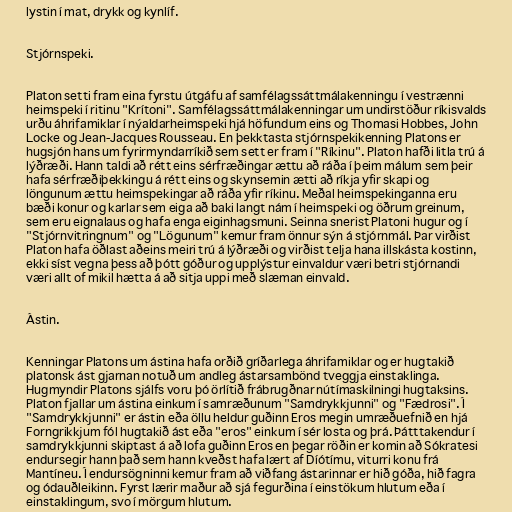
lystin í mat, drykk og kynlíf.

Stjórnspeki.

Platon setti fram eina fyrstu útgáfu af samfélagssáttmálakenningu í vestrænni
heimspeki í ritinu "Krítoni". Samfélagssáttmálakenningar um undirstöður ríkisvalds
urðu áhrifamiklar í nýaldarheimspeki hjá höfundum eins og Thomasi Hobbes, John
Locke og Jean-Jacques Rousseau. En þekktasta stjórnspekikenning Platons er
hugsjón hans um fyrirmyndarríkið sem sett er fram í "Ríkinu". Platon hafði litla trú á
lýðræði. Hann taldi að rétt eins sérfræðingar ættu að ráða í þeim málum sem þeir
hafa sérfræðiþekkingu á rétt eins og skynsemin ætti að ríkja yfir skapi og
löngunum ættu heimspekingar að ráða yfir ríkinu. Meðal heimspekinganna eru
bæði konur og karlar sem eiga að baki langt nám í heimspeki og öðrum greinum,
sem eru eignalaus og hafa enga eiginhagsmuni. Seinna snerist Platoni hugur og í
"Stjórnvitringnum" og "Lögunum" kemur fram önnur sýn á stjórnmál. Þar virðist
Platon hafa öðlast aðeins meiri trú á lýðræði og virðist telja hana illskásta kostinn,
ekki síst vegna þess að þótt góður og upplýstur einvaldur væri betri stjórnandi
væri allt of mikil hætta á að sitja uppi með slæman einvald.

Ástin.

Kenningar Platons um ástina hafa orðið gríðarlega áhrifamiklar og er hugtakið
platonsk ást gjarnan notuð um andleg ástarsambönd tveggja einstaklinga.
Hugmyndir Platons sjálfs voru þó örlítið frábrugðnar nútímaskilningi hugtaksins.
Platon fjallar um ástina einkum í samræðunum "Samdrykkjunni" og "Fædrosi". Í
"Samdrykkjunni" er ástin eða öllu heldur guðinn Eros megin umræðuefnið en hjá
Forngrikkjum fól hugtakið ást eða "eros" einkum í sér losta og þrá. Þátttakendur í
samdrykkjunni skiptast á að lofa guðinn Eros en þegar röðin er komin að Sókratesi
endursegir hann það sem hann kveðst hafa lært af Díótímu, viturri konu frá
Mantíneu. Í endursögninni kemur fram að viðfang ástarinnar er hið góða, hið fagra
og ódauðleikinn. Fyrst lærir maður að sjá fegurðina í einstökum hlutum eða í
einstaklingum, svo í mörgum hlutum.